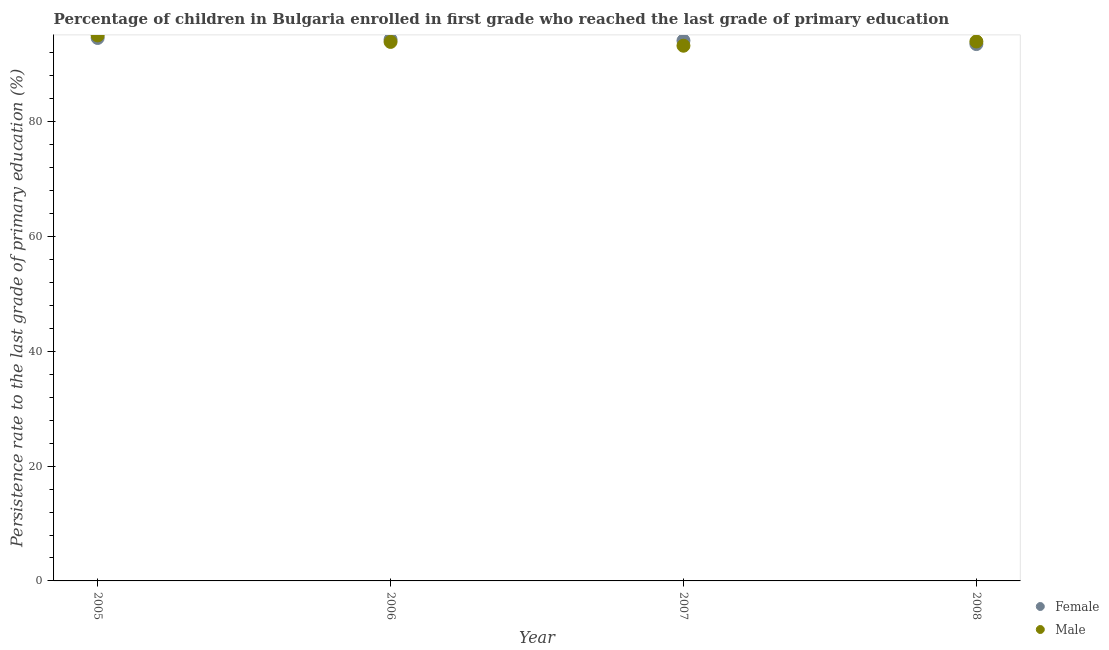
| Year | Female | Male |
 | --- | --- | --- |
 | 2005 | 94.6 | 95.1 |
 | 2006 | 94.3 | 93.9 |
 | 2007 | 94.1 | 93.3 |
 | 2008 | 93.5 | 94 |